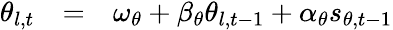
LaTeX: \begin{array}{rcl}{\theta_{l,t}}&{=}&{\omega_{\theta}+\beta_{\theta}\theta_{l,t-1}+\alpha_{\theta}s_{\theta,t-1}}\end{array}